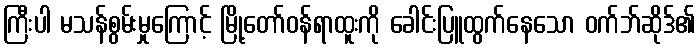
ကြီးပါ မသန်စွမ်းမှုကြောင့် မြို့တော်ဝန်ရာထူးကို ခေါင်းပြူထွက်နေသော ဝက်ဘ်ဆိုဒ်၏